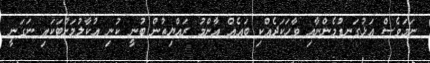
ނަމަވެސް އަޅުގަނޑުމެންނާއި ވާހަކަދެއްކި ބައެއް އާންމު ރައްޔިތުން ބުނީ ކުނި އުކާލުމަށްޓަކައި ނަގަނީ